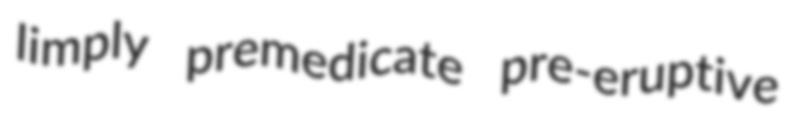
limply premedicate pre-eruptive